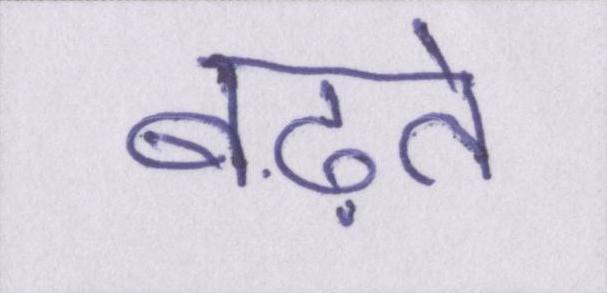
बढ़ते